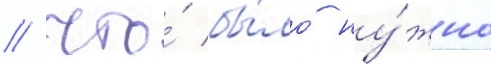
/ что́ бы́ло ну́жно